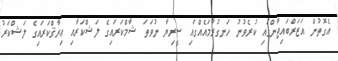
އެގޮތުން އަޒަރްބައިޖާންގައި ކުރެވުނު ހަނގުރާމައެއްގައި ސީރިޔާ ނުވަތަ ޝާމްކަރައިގެ ލަޝްކަރާއި ޢިރާޤްކަރައިގެ ލަޝްކަރު